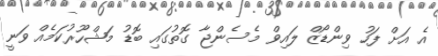
އެ އަށް ފަހު ވިންޑޯޒް ލައިވް މެސެންޖާ ގޮތުގައި ބޮޑު މަޝްހޫރުކަމެއް ވަނީ